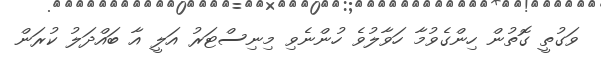
ވަގުތީ ގޮތުން ހިންގެވުމާ ހަވާލުވެ ހުންނެވި މިނިސްޓަރު އަލީ އާ ބައްދަލު ކުރަން